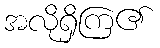
အလိုရှိကြ၏